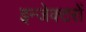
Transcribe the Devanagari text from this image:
इन्जेक्टरों